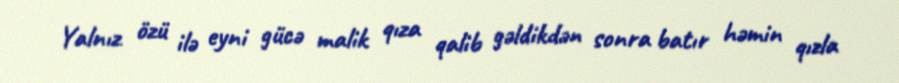
Yalnız özü ilə eyni gücə malik qıza qalib gəldikdən sonra batır həmin qızla